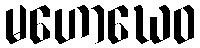
မဟောဃေဝ